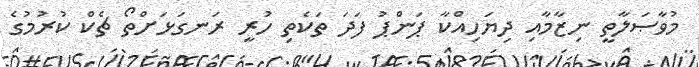
މުވާޞަލާތީ ނިޒާމާއި ދިޔަހިއްކާ ޕަންޕު ފަދަ ތަކެތި ހުރީ ރަނގަޅަށްތޯ ޗެކް ކުރުމުގެ